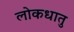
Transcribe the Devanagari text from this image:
लोकधातु